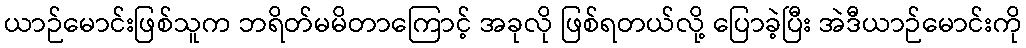
ယာဉ်မောင်းဖြစ်သူက ဘရိတ်မမိတာကြောင့် အခုလို ဖြစ်ရတယ်လို့ ပြောခဲ့ပြီး အဲဒီယာဉ်မောင်းကို